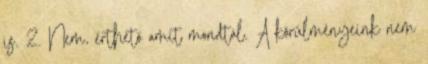
is. 2. Nem, érthető amit mondtál. A körülményeink nem